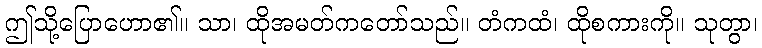
ဤသို့ပြောဟော၏။ သာ၊ ထိုအမတ်ကတော်သည်။ တံကထံ၊ ထိုစကားကို။ သုတွာ၊